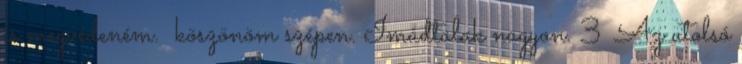
is megvédeném. köszönöm szépen. Imádtalak nagyon. 3 Az utolsó